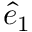
\hat { e } _ { 1 }